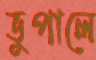
ভুপালে